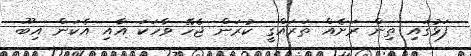
ފަޅުގައި ތިން ރަށެއް ތަރައްގީ ކުރަން ޖެހޭ ވާހަކަ އާއި އެކަން އިބޫ